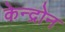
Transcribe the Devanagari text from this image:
केन्द्रोन